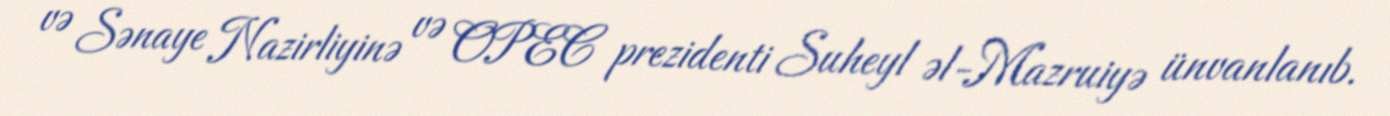
və Sənaye Nazirliyinə və OPEC prezidenti Suheyl əl-Mazruiyə ünvanlanıb.